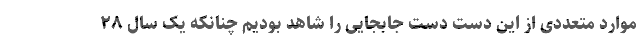
موارد متعددی از این دست دست جابجایی را شاهد بودیم چنانکه یک سال ۲۸